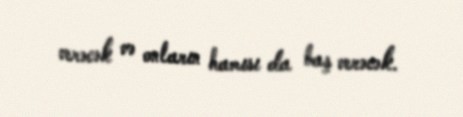
verəcək və onların hamısı da baş verəcək.